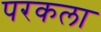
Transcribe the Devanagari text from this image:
परकला